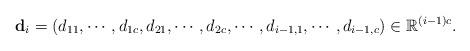
LaTeX: \begin{align*}\mathbf{d}_i=(d_{11}, \cdots, d_{1c}, d_{21}, \cdots, d_{2c}, \cdots, d_{i-1,1}, \cdots, d_{i-1, c}) \in \mathbb{R}^{(i-1)c}.\end{align*}